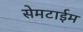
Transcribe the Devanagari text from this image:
सेमटाईम